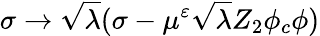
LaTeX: \sigma\rightarrow\sqrt{\lambda}(\sigma-\mu^{\varepsilon}\sqrt{\lambda}Z_{2}\phi_{c}\phi)